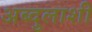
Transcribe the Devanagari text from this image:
अब्दुलाशी